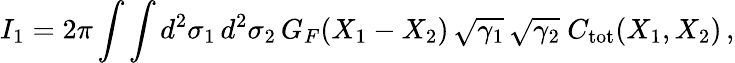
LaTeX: I_{1}=2\pi\int\int d^{2}\sigma_{1}\, d^{2}\sigma_{2}\, G_{F}(X_{1}-X_{2})\, \sqrt{\gamma_{1}}\, \sqrt{\gamma_{2}}\ C_{\mathrm{tot}}(X_{1},X_{2})\, ,